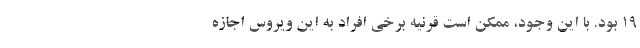
۱۹ بود. با این وجود، ممکن است قرنیه برخی افراد به این ویروس اجازه